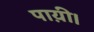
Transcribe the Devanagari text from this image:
पाय़ी।